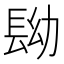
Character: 𨱧